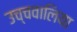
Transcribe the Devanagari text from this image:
उच्चवालिया